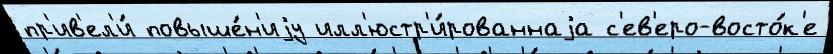
пр'ив'ел'и́ повыше́н'иjу илл'юстр'и́рованнаjа с'ев'еро-восто́к'е